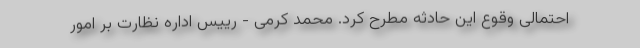
احتمالی وقوع این حادثه مطرح کرد. محمد کرمی - رییس اداره نظارت بر امور